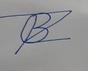
Signature authenticity: forged